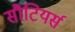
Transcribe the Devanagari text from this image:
सौटियर्स